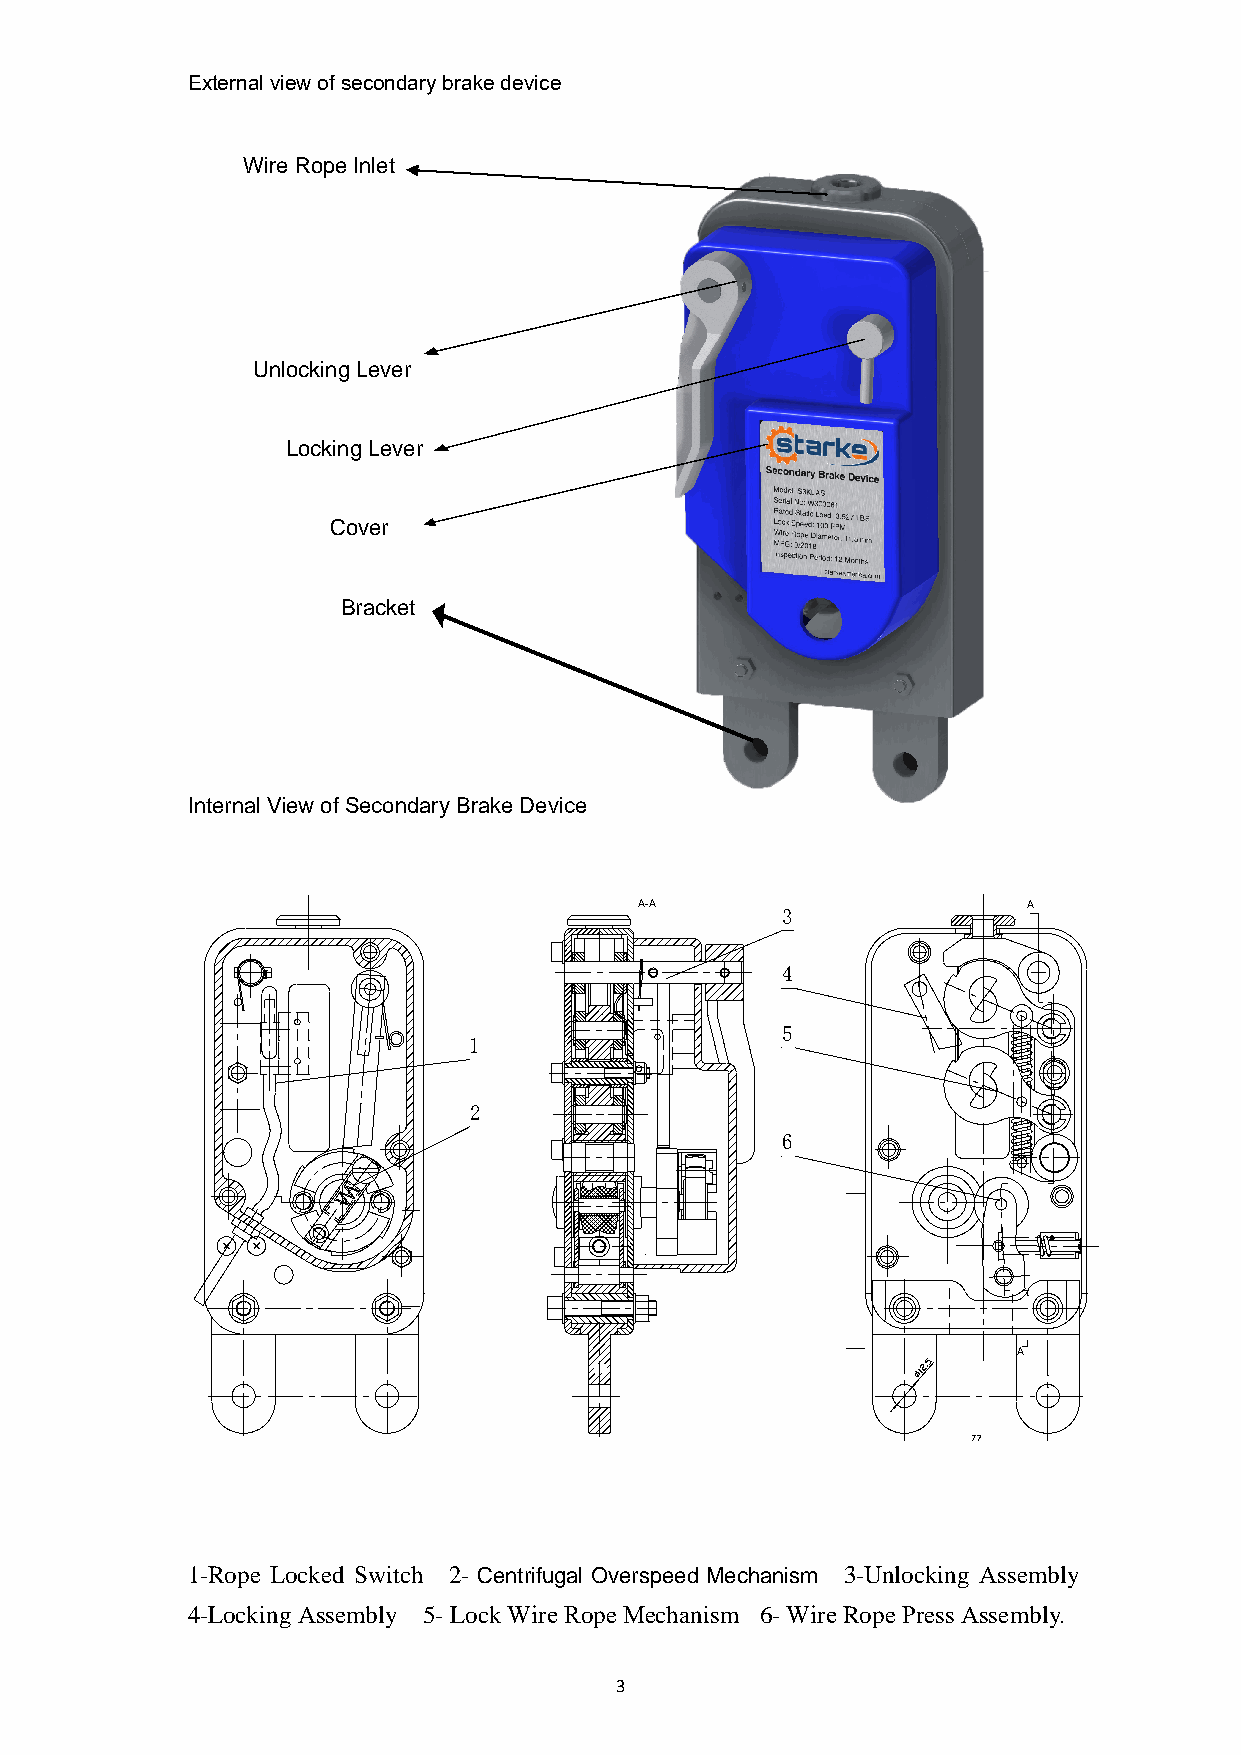
External view of secondary brake device
 Wire Rope Inlet
 Unlocking Lever
 Locking Lever
 Cover
 Bracket
 Internal View of Secondary Brake Device
 A-A       3               A
 4
 5
 1
 2
 6
 A
 1-Rope Locked Switch 2- Centrifugal Overspeed Mechanism 3-Unlocking Assembly
 4-Locking Assembly 5- Lock Wire Rope Mechanism 6- Wire Rope Press Assembly.
 3